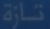
نازرة